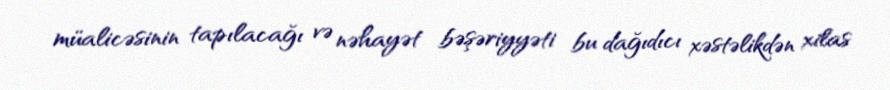
müalicəsinin tapılacağı və nəhayət bəşəriyyəti bu dağıdıcı xəstəlikdən xilas